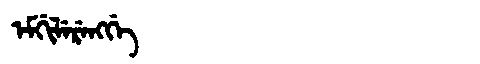
Manchu: ᡝᠮᡤᡳᠯᡝᡵᡝᠩᡤᡝ
Romanization: EMGILERENGGE